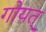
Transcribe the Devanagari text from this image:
गोयत्